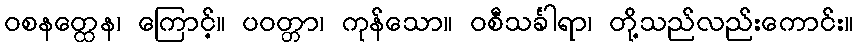
ဝစနတ္ထေန၊ ကြောင့်။ ပဝတ္တာ၊ ကုန်သော။ ဝစီသင်္ခါရာ၊ တို့သည်လည်းကောင်း။